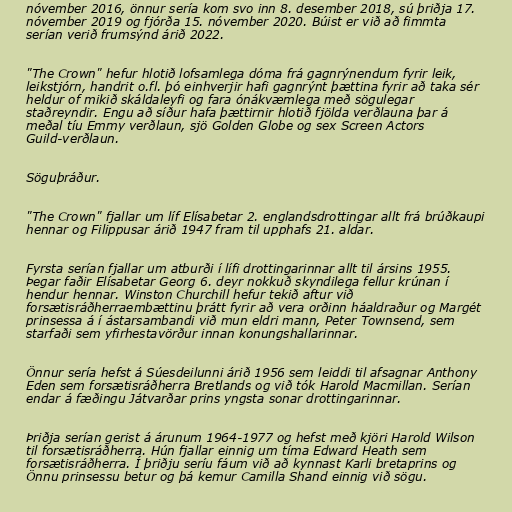
nóvember 2016, önnur sería kom svo inn 8. desember 2018, sú þriðja 17.
nóvember 2019 og fjórða 15. nóvember 2020. Búist er við að fimmta
serían verið frumsýnd árið 2022.

"The Crown" hefur hlotið lofsamlega dóma frá gagnrýnendum fyrir leik,
leikstjórn, handrit o.fl. þó einhverjir hafi gagnrýnt þættina fyrir að taka sér
heldur of mikið skáldaleyfi og fara ónákvæmlega með sögulegar
staðreyndir. Engu að síður hafa þættirnir hlotið fjölda verðlauna þar á
meðal tíu Emmy verðlaun, sjö Golden Globe og sex Screen Actors
Guild-verðlaun.

Söguþráður.

"The Crown" fjallar um líf Elísabetar 2. englandsdrottingar allt frá brúðkaupi
hennar og Filippusar árið 1947 fram til upphafs 21. aldar.

Fyrsta serían fjallar um atburði í lífi drottingarinnar allt til ársins 1955.
Þegar faðir Elísabetar Georg 6. deyr nokkuð skyndilega fellur krúnan í
hendur hennar. Winston Churchill hefur tekið aftur við
forsætisráðherraembættinu þrátt fyrir að vera orðinn háaldraður og Margét
prinsessa á í ástarsambandi við mun eldri mann, Peter Townsend, sem
starfaði sem yfirhestavörður innan konungshallarinnar.

Önnur sería hefst á Súesdeilunni árið 1956 sem leiddi til afsagnar Anthony
Eden sem forsætisráðherra Bretlands og við tók Harold Macmillan. Serían
endar á fæðingu Játvarðar prins yngsta sonar drottingarinnar.

Þriðja serían gerist á árunum 1964-1977 og hefst með kjöri Harold Wilson
til forsætisráðherra. Hún fjallar einnig um tíma Edward Heath sem
forsætisráðherra. Í þriðju seríu fáum við að kynnast Karli bretaprins og
Önnu prinsessu betur og þá kemur Camilla Shand einnig við sögu.